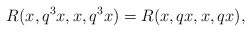
\begin{align*} R(x, q^{3}x, x, q^{3}x)=R(x, qx, x, qx), \end{align*}